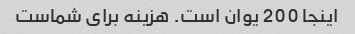
اینجا 200 یوان است. هزینه برای شماست